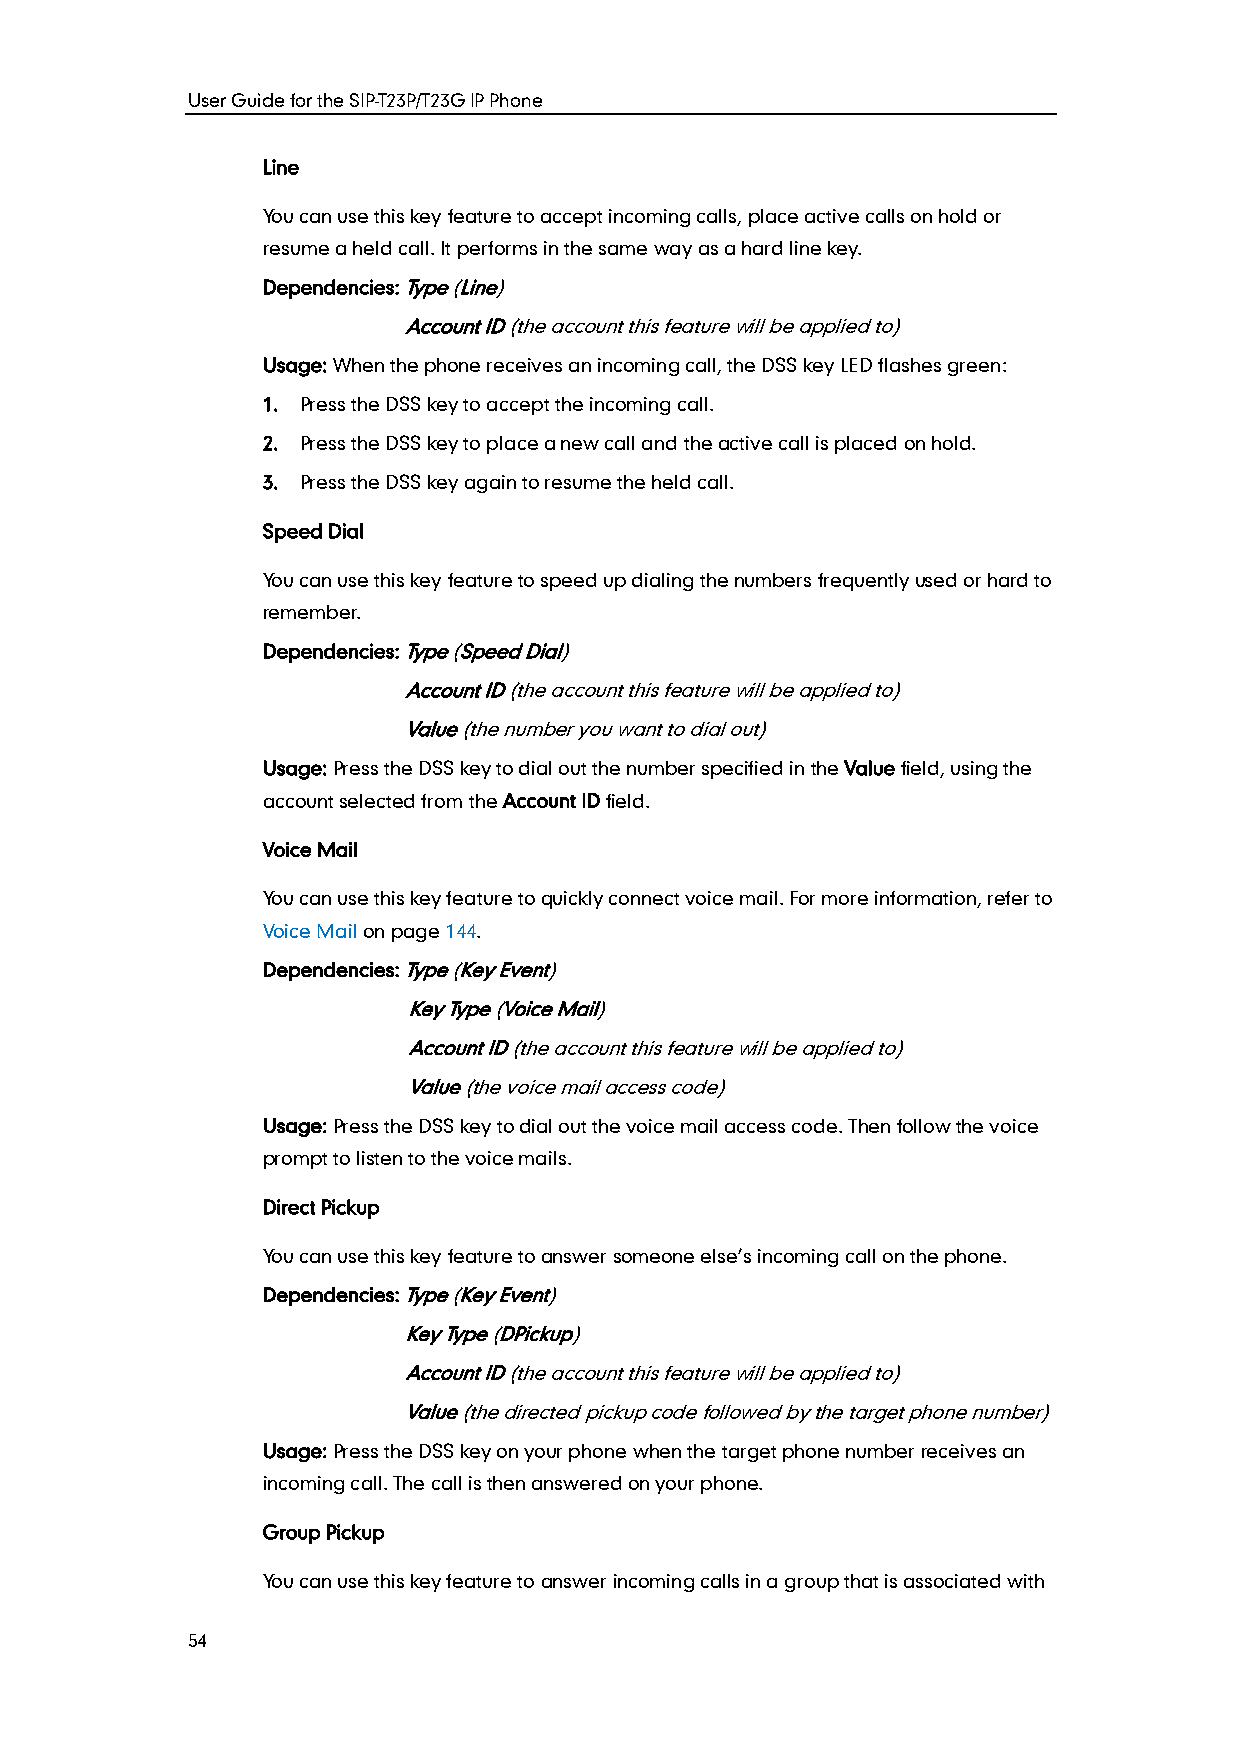
User Guide for the SIP-T23P/T23G IP Phone
 Line
 You can use this key feature to accept incoming calls, place active calls on hold or
 resume a held call. It performs in the same way as a hard line key.
 Dependencies: Type (Line)
 Account ID (the account this feature will be applied to)
 Usage: When the phone receives an incoming call, the DSS key LED flashes green:
 1. Press the DSS key to accept the incoming call.
 2. Press the DSS key to place a new call and the active call is placed on hold.
 3. Press the DSS key again to resume the held call.
 Speed Dial
 You can use this key feature to speed up dialing the numbers frequently used or hard to
 remember.
 Dependencies: Type (Speed Dial)
 Account ID (the account this feature will be applied to)
 Value (the number you want to dial out)
 Usage: Press the DSS key to dial out the number specified in the Value field, using the
 account selected from the Account ID field.
 Voice Mail
 You can use this key feature to quickly connect voice mail. For more information, refer to
 Voice Mail on page 144.
 Dependencies: Type (Key Event)
 Key Type (Voice Mail)
 Account ID (the account this feature will be applied to)
 Value (the voice mail access code)
 Usage: Press the DSS key to dial out the voice mail access code. Then follow the voice
 prompt to listen to the voice mails.
 Direct Pickup
 You can use this key feature to answer someone else’s incoming call on the phone.
 Dependencies: Type (Key Event)
 Key Type (DPickup)
 Account ID (the account this feature will be applied to)
 Value (the directed pickup code followed by the target phone number)
 Usage: Press the DSS key on your phone when the target phone number receives an
 incoming call. The call is then answered on your phone.
 Group Pickup
 You can use this key feature to answer incoming calls in a group that is associated with
 54